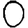
Digit: 0